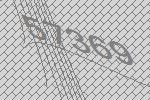
57369